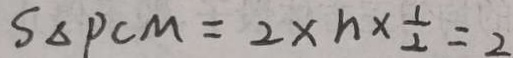
S _ { \Delta P C M } = 2 \times n \times \frac { 1 } { 2 } = 2